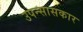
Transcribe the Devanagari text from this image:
उपन्सासकार